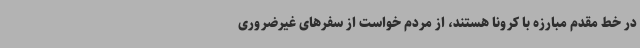
در خط مقدم مبارزه با کرونا هستند، از مردم خواست از سفرهای غیرضروری